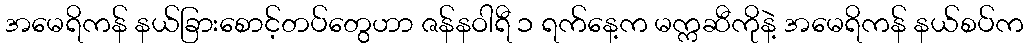
အမေရိကန် နယ်ခြားစောင့်တပ်တွေဟာ ဇန်နဝါရီ ၁ ရက်နေ့က မက္ကဆီကိုနဲ့ အမေရိကန် နယ်စပ်က